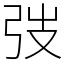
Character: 弢